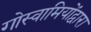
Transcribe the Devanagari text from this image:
गोस्वामियोंद्वारा